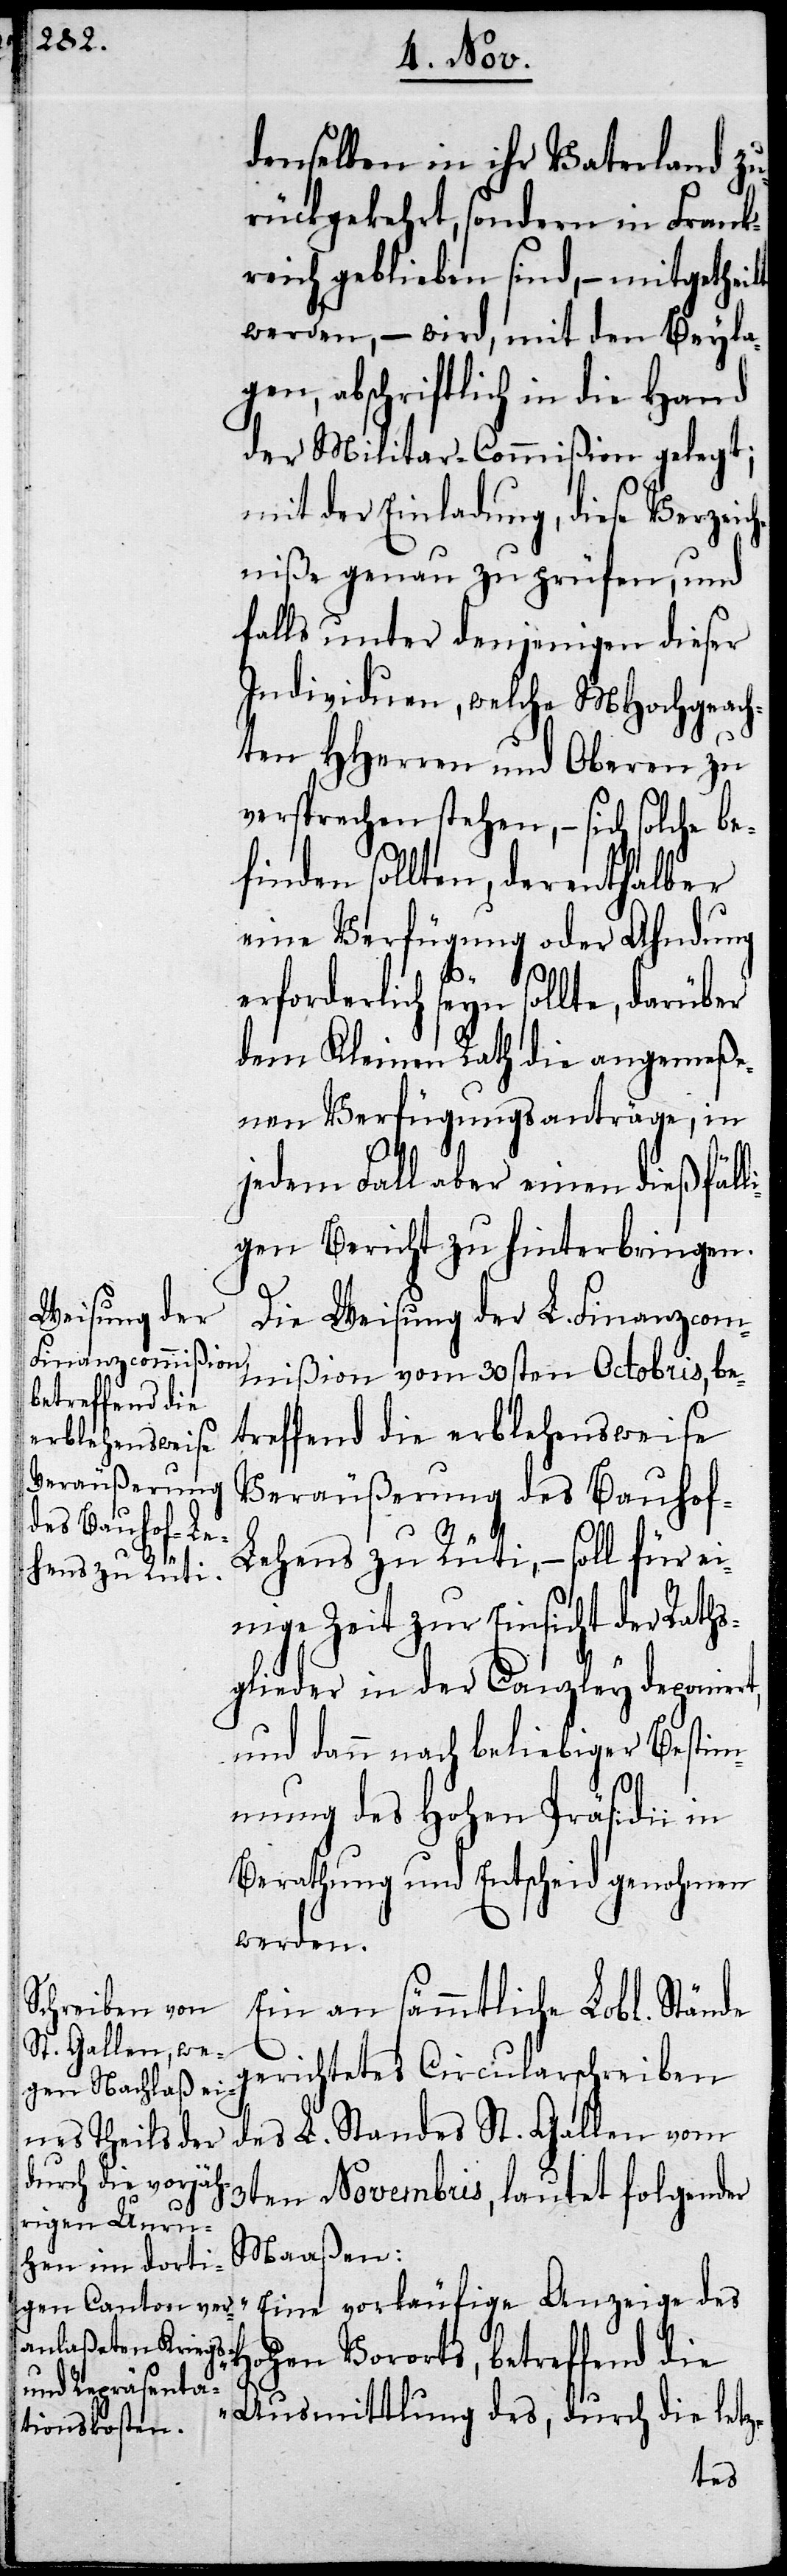
denselben in ihr Vaterland zu¬
rückgekehrt, sondern in Frank¬
reich geblieben sind, – mitgetheilt
werden, – wird, mit den Beyla¬
gen, abschriftlich in die Hand
der Militar-Commißion gelegt,
mit der Einladung, diese Verzeic¬
hniße genau zu prüfen, und
falls unter denjenigen dieser
Individuen, welche MHochgeach¬
ten HHerren und Oberen zu
versprechen stehen, – sich solche be¬
finden sollten, derenthalber
eine Verfügung oder Ahndung
erforderlich seyn sollte, darüber
dem Kleinen Rath die angemeße¬
nen Verfügungsanträge, in
jedem Fall aber einen dießfäll¬
igen Bericht zu hinterbringen.
Die Weisung der L. Finanzcom¬
mißion vom 30sten Octobris, be¬
treffend die erblehensweise
Veräußerung
des Bauhof-L¬
ehens zu Rüti, – soll für ei¬
nige Zeit zur Einsicht der Raths¬
glieder in der Canzley deponiert
und dann nach beliebiger Bestim¬
mung des Hohen Präsidii in
Berathung und Entscheid genohmen
werden.
Ein an sämmtliche Lobl. Stände
gerichtetes Circularschreiben
des L. Standes St. Gallen vom
3ten Novembris, lautete folgender
H¬
Maaßen:
„Eine vorläufige Anzeige des
ohen Vororts, betreffend die
Ausmittlung des, durch die letz-